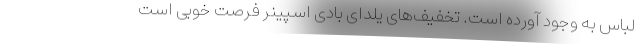
لباس به وجود آورده است. تخفیف‌های یلدای بادی اسپینر فرصت خوبی است